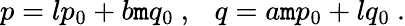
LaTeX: p=lp_{0}+b\mathtt{m}q_{0}\ ,\ \ \ q=a\mathtt{m}p_{0}+lq_{0}\ .